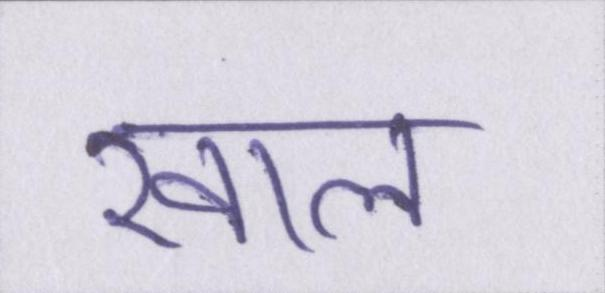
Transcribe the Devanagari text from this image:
खाल